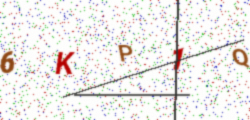
Text: 6KP1Q